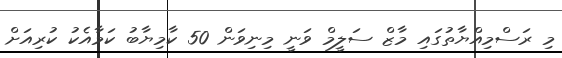
މި ރަސްމިއްޔާތުގައި މާޒް ސަލީމް ވަނީ މިނިވަން 50 ކާމިޔާބު ކަމާއެކު ކުރިއަށް